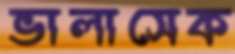
ভালাসেক